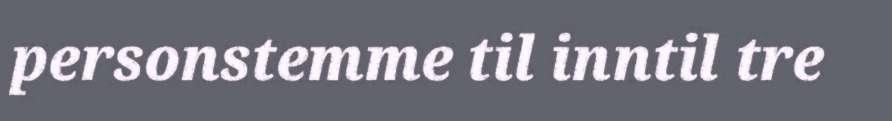
personstemme til inntil tre